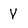
Character: V